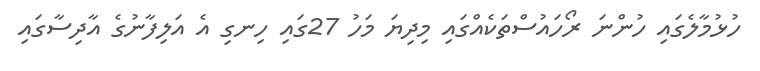
ހުޅުމާލެގައި ހުންނަ ރޯހައުސްތަކެއްގައި މިދިޔަ މަހު 27ގައި ހިނގި އެ އަލިފާނުގެ އާދިސާގައި